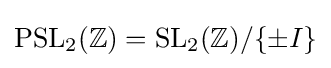
{\text{PSL}}_{2}(\mathbb {Z} )={\text{SL}}_{2}(\mathbb {Z} )/\{\pm I\}